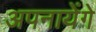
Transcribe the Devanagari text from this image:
अपनायेंगे